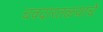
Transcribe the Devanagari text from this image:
चवदारतळ्याचे